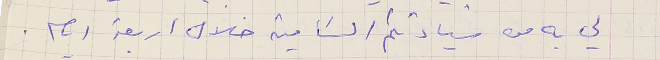
لي به من سيادتكم السَامية خلال اربعة ايام.